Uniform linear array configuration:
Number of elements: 16
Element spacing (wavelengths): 0.5
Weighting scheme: cosine
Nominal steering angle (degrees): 0
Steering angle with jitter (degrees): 0.03682
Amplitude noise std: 0.05
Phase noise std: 0.05

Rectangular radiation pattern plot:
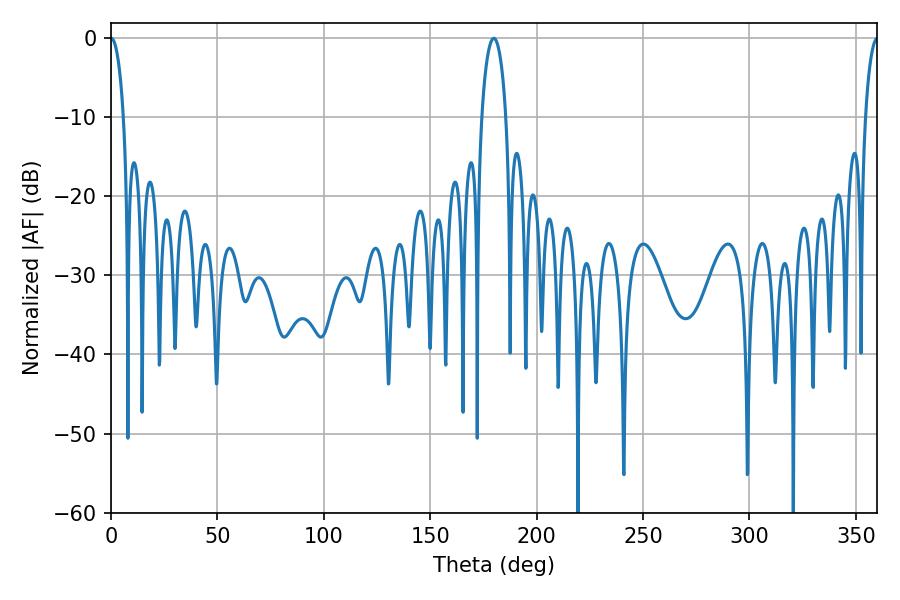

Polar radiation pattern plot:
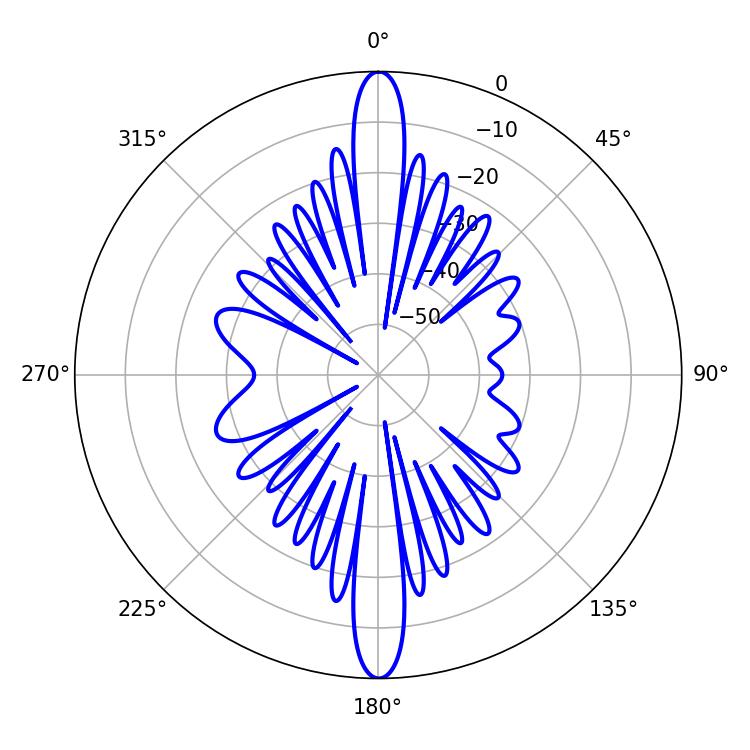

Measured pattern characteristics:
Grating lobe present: FALSE
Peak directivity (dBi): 37.902
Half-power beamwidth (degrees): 3.42
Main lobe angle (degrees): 0.18